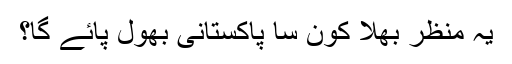
یہ منظر بھلا کون سا پاکستانی بھول پائے گا؟